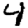
Digit: 4